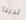
لدينا